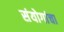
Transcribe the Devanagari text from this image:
संयोगांचा